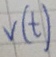
Text: v(t)